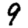
Digit: 9